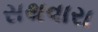
સથવારા